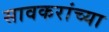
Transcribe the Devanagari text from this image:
सावकरांच्या